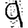
Digit: 9